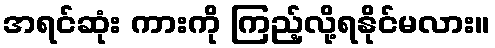
အရင်ဆုံး ကားကို ကြည့်လို့ရနိုင်မလား။